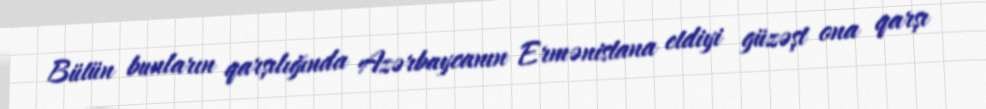
Bütün bunların qarşılığında Azərbaycanın Ermənistana etdiyi güzəşt ona qarşı